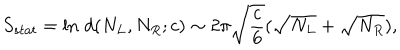
LaTeX: S _ { s t a t } = \ln \, d ( N _ { L } , N _ { R } ; c ) \sim 2 \pi \sqrt { \frac { c } { 6 } } ( \sqrt { N _ { L } } + \sqrt { N _ { R } } ) ,